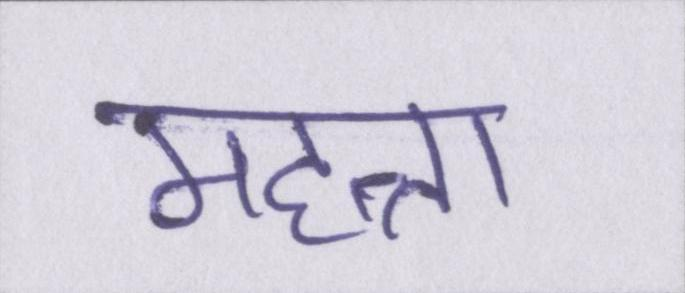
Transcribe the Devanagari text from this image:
महत्ता